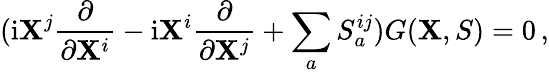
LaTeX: (\mathrm{i}{\mathbf X}^{j}\frac{\partial}{\partial{\mathbf X}^{i}}-\mathrm{i}{\mathbf X}^{i}\frac{\partial}{\partial{\mathbf X}^{j}}+\sum_{a}S_{a}^{ij})G({\mathbf X},S)=0\, ,